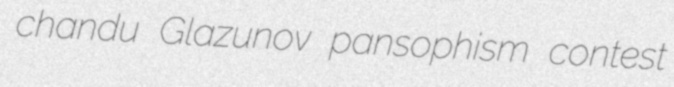
chandu Glazunov pansophism contest